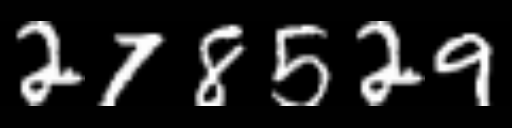
Text: 278529